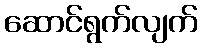
ဆောင်ရွက်လျက်